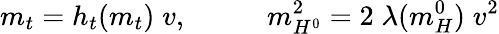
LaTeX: m_{t}=h_{t}(m_{t})\; v,\; \; \; \; \; \; \; \; \; \; m_{H^{0}}^{2}=2\; \lambda(m_{H}^{0})\; v^{2}